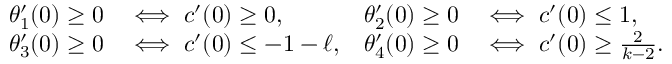
\begin{array} { r l r l } { \theta _ { 1 } ^ { \prime } ( 0 ) \geq 0 } & { \iff c ^ { \prime } ( 0 ) \geq 0 , } & { \theta _ { 2 } ^ { \prime } ( 0 ) \geq 0 } & { \iff c ^ { \prime } ( 0 ) \leq 1 , } \\ { \theta _ { 3 } ^ { \prime } ( 0 ) \geq 0 } & { \iff c ^ { \prime } ( 0 ) \leq - 1 - \ell , } & { \theta _ { 4 } ^ { \prime } ( 0 ) \geq 0 } & { \iff c ^ { \prime } ( 0 ) \geq \frac { 2 } { k - 2 } . } \end{array}